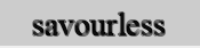
savourless